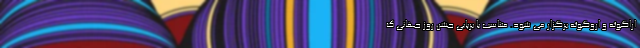
اراگوئه و اروگوئه برگزار می شود. متناسب با برپایی جشن روز جهانی گ